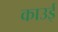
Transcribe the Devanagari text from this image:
काउई